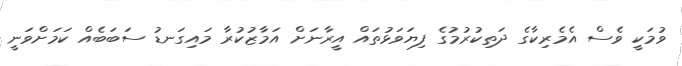
ވުމަކީ ވެސް އެމެރިކާގެ ދަތިކުރުމުގެ ފިޔަވަޅުތައް އީރާނަށް އަމާޒުކުރާ މައިގަނޑު ސަބަބެއް ކަމަށްވަނީ